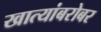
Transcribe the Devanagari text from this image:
खात्यांबरोबर